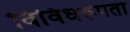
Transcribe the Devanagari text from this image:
विविधरूपता